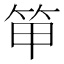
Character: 笚